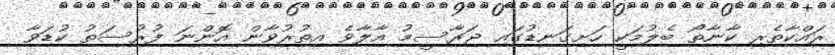
ރައްކާތެރި ކާނާތޯ ބެލުމަކީ ހަށިގަނޑުގައި ޖަރާސީމު އާލާވެ އިތުރުވާން އޮންނަ ފުރުސަތު ކުޑަވާ